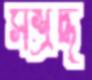
সশ্রদ্ধ